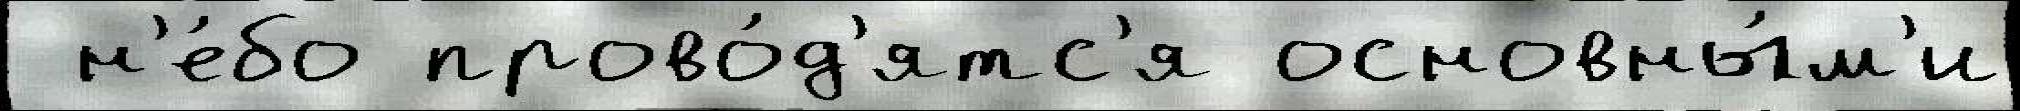
 н'е́бо прово́д'ятс'я основны́м'и